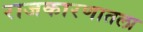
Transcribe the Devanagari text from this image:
राजकारणातला